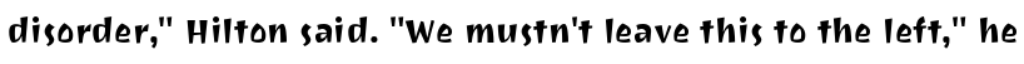
disorder," Hilton said. "We mustn't leave this to the left," he